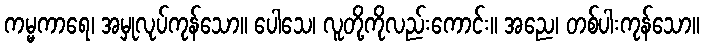
ကမ္မကာရေ၊ အမှုလုပ်ကုန်သော။ ပေါသေ၊ လူတို့ကိုလည်းကောင်း။ အညေ၊ တစ်ပါးကုန်သော။